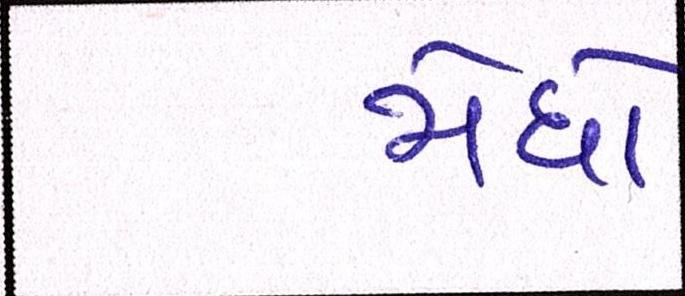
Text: મેઘો